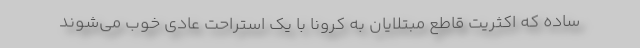
ساده که اکثریت قاطع مبتلایان به کرونا با یک استراحت عادی خوب می‌شوند